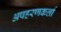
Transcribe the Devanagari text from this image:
अपहरणकर्त्ता